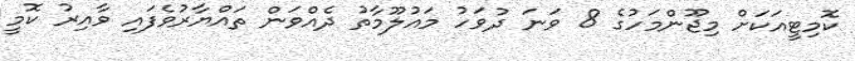
ކޮމިޓީއަކަށް މިޖޫންމަހުގެ 8 ވަނަ ދުވަހު މައުލޫމާތު ދެއްވަން ތައްޔާރުވެފައި ވާއިރު ކޮމީ